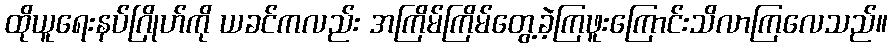
ထိုယူရေးနပ်ဂြိုဟ်ကို ယခင်ကလည်း အကြိမ်ကြိမ်တွေ့ခဲ့ကြဖူးကြောင်းသိလာကြလေသည်။